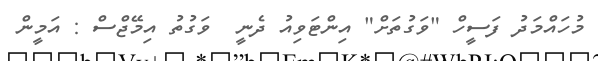
މުހައްމަދު ފަސީހް "ވަގުތަށް" އިންޓަވިއު ދެނީ  ވަގުތު އިމޭޖްސް : އަމީން